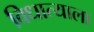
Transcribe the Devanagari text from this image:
विधात्याला